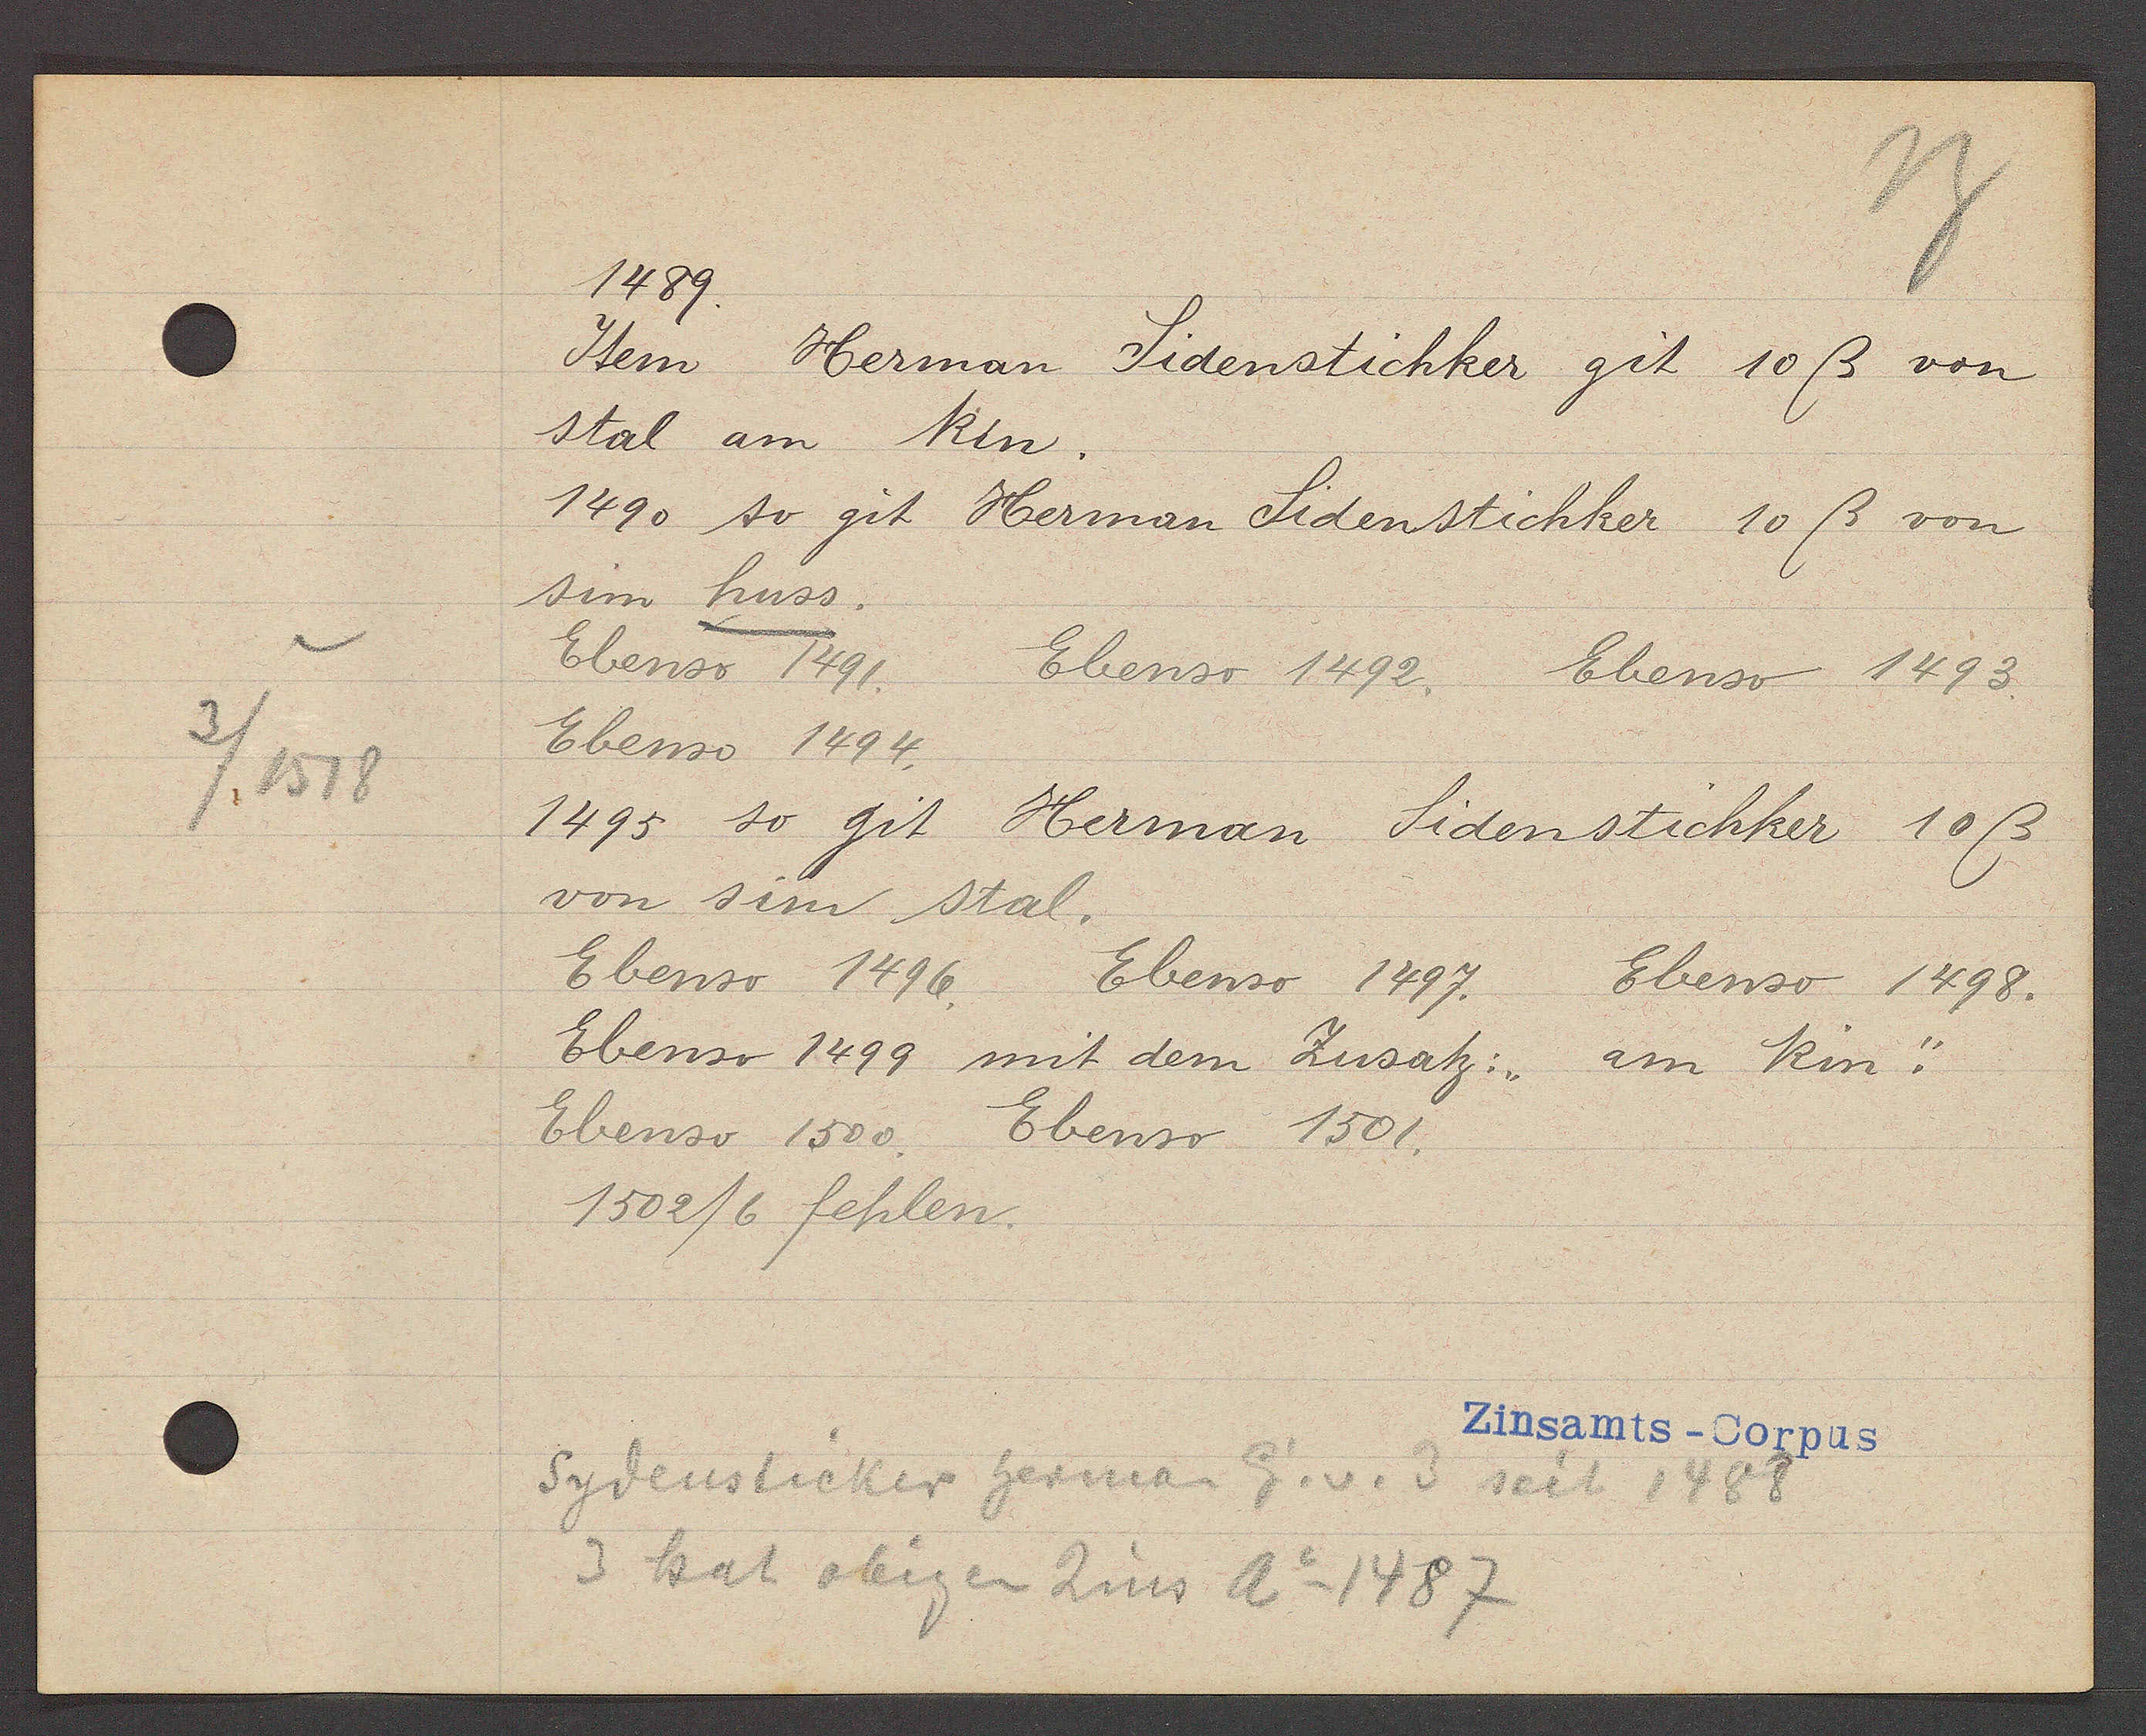
Transcript:
3/1518

1489.
Item Herman Sidenstichker git 10ß von
stal am Rin.
1490 so git Herman Sidenstichker 10ß von
sim huss
Ebenso 1491. Ebenso 1492. Ebenso 1493
Ebenso 1494.
1495 so git Herman Sidenstichker 10ß
von sim stal
Ebenso 1496. Ebenso 1497. Ebenso 1498.
Ebenso 1499 mit dem Zusatz:"am Rin."
Ebenso 1500 Ebenso 1501
1502/6 fehlen
Sydensticker herman Eg. v. 3 seit 1488
3 hat obigen Zins Ao 1487